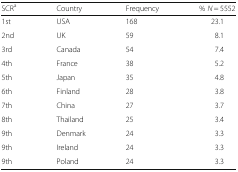
| SCRa | Country | Frequency | % N = 5552 |
 | --- | --- | --- | --- |
 | 1st | USA | 168 | 23.1 |
 | 2nd | UK | 59 | 8.1 |
 | 3rd | Canada | 54 | 7.4 |
 | 4th | France | 38 | 5.2 |
 | 5th | Japan | 35 | 4.8 |
 | 6th | Finland | 28 | 3.8 |
 | 7th | China | 27 | 3.7 |
 | 8th | Thailand | 25 | 3.4 |
 | 9th | Denmark | 24 | 3.3 |
 | 9th | Ireland | 24 | 3.3 |
 | 9th | Poland | 24 | 3.3 |